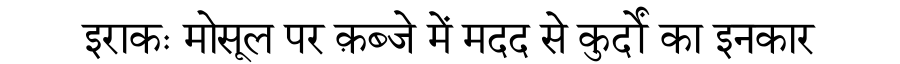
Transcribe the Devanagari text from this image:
इराकः मोसूल पर क़ब्जे में मदद से कुर्दों का इनकार